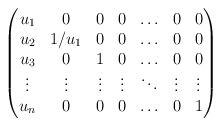
LaTeX: \begin{align*}\begin{pmatrix}u_1 & 0 & 0&0&\ldots&0 &0\\u_2 & 1/u_1 &0&0& \ldots&0 &0\\u_3 &0 & 1 &0 &\ldots&0& 0\\\vdots&\vdots&\vdots&\vdots&\ddots&\vdots&\vdots \\u_{n}&0 &0 &0&\ldots&0 &1\end{pmatrix}\end{align*}